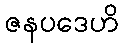
ဇနပဒေဟိ